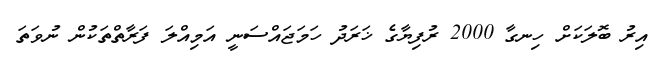
އިރު ބޮލަކަށް ހިނގާ 2000 ރުފިޔާގެ ޚަރަދު ހަމަޖައްސަނީ އަމިއްލަ ފަރާތްތަކުން ނުވަތަ